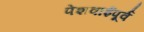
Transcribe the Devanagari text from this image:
पेशवाईपूर्व